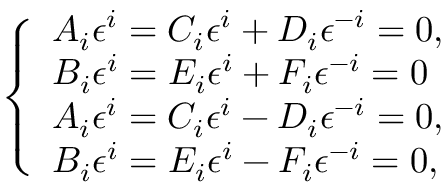
\left\{ \begin{array} { l l } { A _ { i } \epsilon ^ { i } = C _ { i } \epsilon ^ { i } + D _ { i } \epsilon ^ { - i } = 0 , } & \\ { B _ { i } \epsilon ^ { i } = E _ { i } \epsilon ^ { i } + F _ { i } \epsilon ^ { - i } = 0 } & \\ { A _ { i } \epsilon ^ { i } = C _ { i } \epsilon ^ { i } - D _ { i } \epsilon ^ { - i } = 0 , } & \\ { B _ { i } \epsilon ^ { i } = E _ { i } \epsilon ^ { i } - F _ { i } \epsilon ^ { - i } = 0 , } & \end{array} \right.